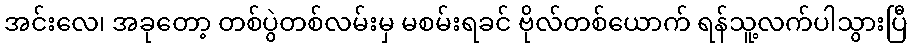
အင်းလေ၊ အခုတော့ တစ်ပွဲတစ်လမ်းမှ မစမ်းရခင် ဗိုလ်တစ်ယောက် ရန်သူ့လက်ပါသွားပြီ